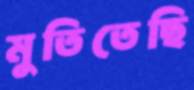
মুতিতেছি